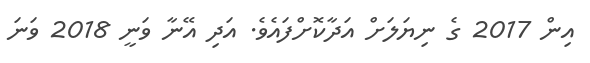
އިން 2017 ގެ ނިޔަލަށް އަދާކޮށްފައެވެ. އަދި އޭނާ ވަނީ 2018 ވަނަ